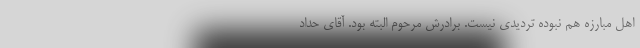
اهل مبارزه هم نبوده تردیدی نیست. برادرش مرحوم البته بود. آقای حداد